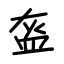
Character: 盔